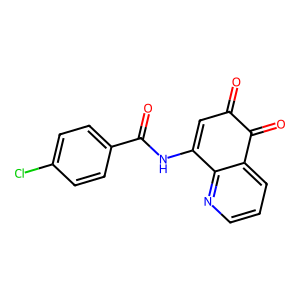
SMILES: O=C1C=C(NC(=O)c2ccc(Cl)cc2)c2ncccc2C1=O
Inhibits HIV replication: No